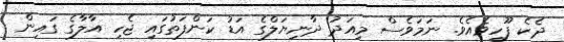
ދެކެ ފޫހިވެއެވެ. ނަމަވެސް މިއަދު ދާނިޔަލްގެ އަޑު ކަންފަތުގައި ޖެހި އާލާގެ ގައިން